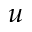
u